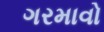
ગરમાવો